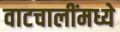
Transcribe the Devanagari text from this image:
वाटचालींमध्ये